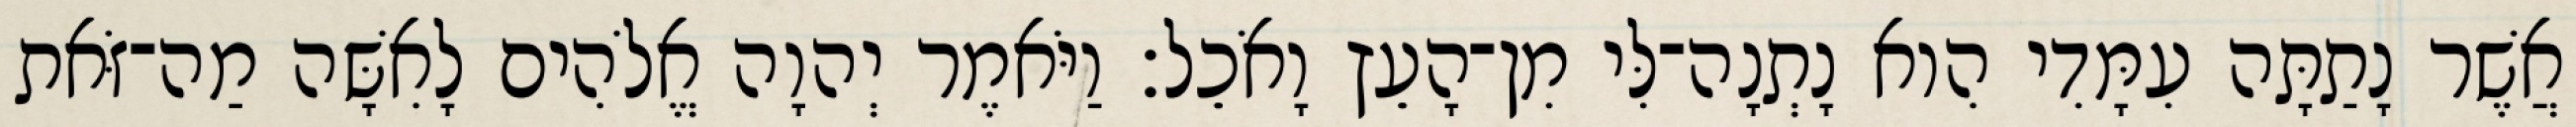
אֲשֶׁר נָתַתָּה עִמָּדִי הִוא נָתְנָה־לִּי מִן־הָעֵץ וָאֹכֵל׃ וַיֹּאמֶר יְהוָה אֱלֹהִים לָאִשָּׁה מַה־זֹּאת